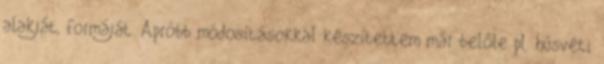
alakját, formáját. Apróbb módosításokkal készítettem már belőle pl. húsvéti